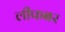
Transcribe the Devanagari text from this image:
लीफबर